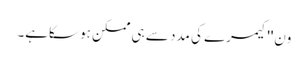
ون''کیمرے کی مدد سے ہی ممکن ہو سکاہے۔